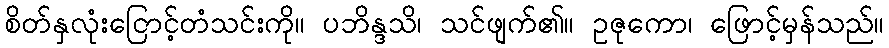
စိတ်နှလုံးငြောင့်တံသင်းကို။ ပဘိန္ဒသိ၊ သင်ဖျက်၏။ ဥဇုကော၊ ဖြောင့်မှန်သည်။